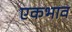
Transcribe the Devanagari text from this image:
एकभाव